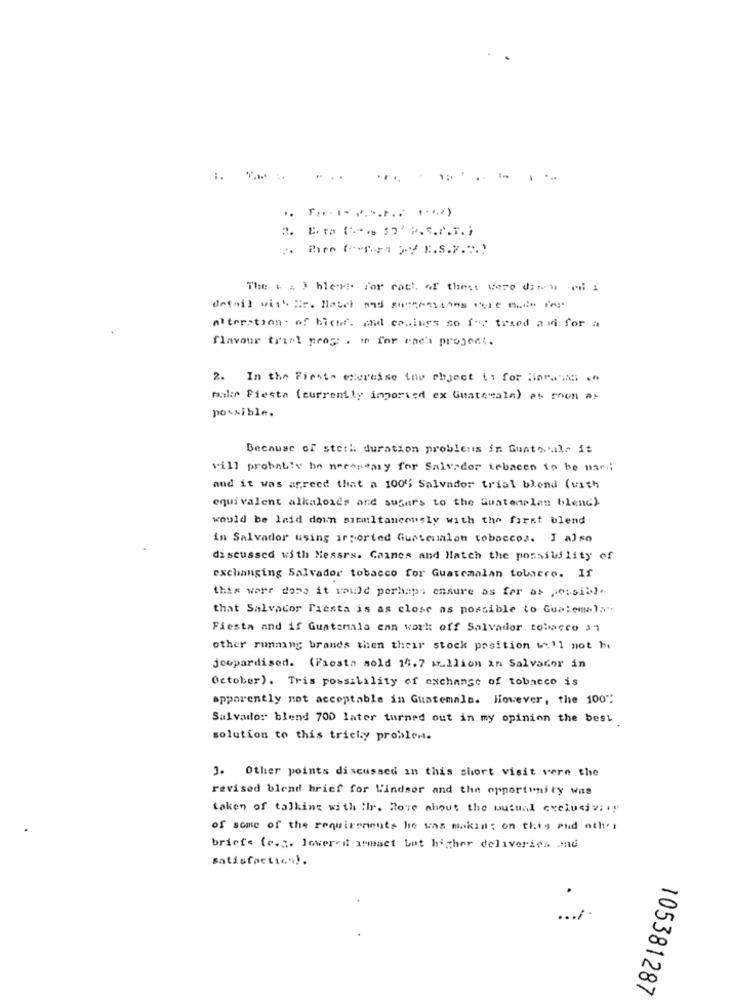
...
. ..
..
Barn ("Tera ). E.S.Y ... )
The ( 4 ) hleri. for cat !, of these were dinh -ed i
detail with :. Howet and successsans oule Bulle ing
alteration : of bicht. and casings so fos traed a mi for a
flavour triml prog . i for each project.
2. In the Fleste excreise the object to for liorans .n
male Fiesta (currently ingoried ex Guatemala) as rnon as
possible.
Because of sterk duration problems in Guatemala it
will probably be necosemy for Salvador tobacco to be used
and it was agreed that a 100" Salvador trial blend (with
equi valent alkaloids and sugars to the Suatenplen blend).
would be laid down simmiltancously with the first blend
in Salvador using irported Guatemalan tobaccos. I also
discussed with Messrs. Caines and Match the possibility of
exchanging Salvador tobacco for Guatemalan tobacco. If
this wore done it would perhaps ensure as far as jessits).
that Salvador Fiesta is as close as possible to Guatemala".
Fiesta and if Guatemala enn work off Salvador tobacco 31
other running brands then their stock position w.11 not he
jeopardised. (Fiesta sold 14.7 wr.llion an Salvador in
October). Tris possibility of exchange of tobacco is
apparently not acceptable in Guatemala. However, the 100";
Salvador blend 700 later turned out in my opinion the best
solution to this tricky problem.
3. Other points discussed in this short visit vere the
revised blend brief for Windsor and the opportunity was
taken of talking with Ihr. Rome about the mutual exclusiva !!
of some of the requirements he was makin; on this and other
briefs (e ... lowered armaet bot higher deliveries .md
satisfaction).
105381287